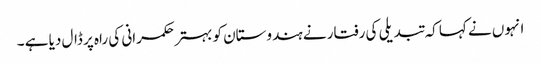
انہوں نے کہا کہ تبدیلی کی رفتار نے ہندوستان کو بہتر حکمرانی کی راہ پر ڈال دیا ہے ۔